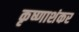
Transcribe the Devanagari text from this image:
कृष्णाशंकर